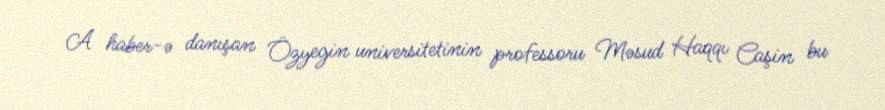
A haber-ə danışan Özyegin universitetinin professoru Məsud Haqqı Caşin bu